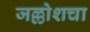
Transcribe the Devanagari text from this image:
जल्लोशचा